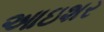
આઇશર